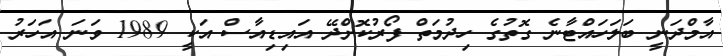
އާމްދަނީ ބަލަހައްޓާނެ ގޮތުގެ ހިދުމަތް ފޯރުކޮށްދޭ އައިޑިއާސް އަކީ 1989 ވަނަ އަހަރު